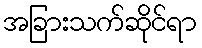
အခြားသက်ဆိုင်ရာ